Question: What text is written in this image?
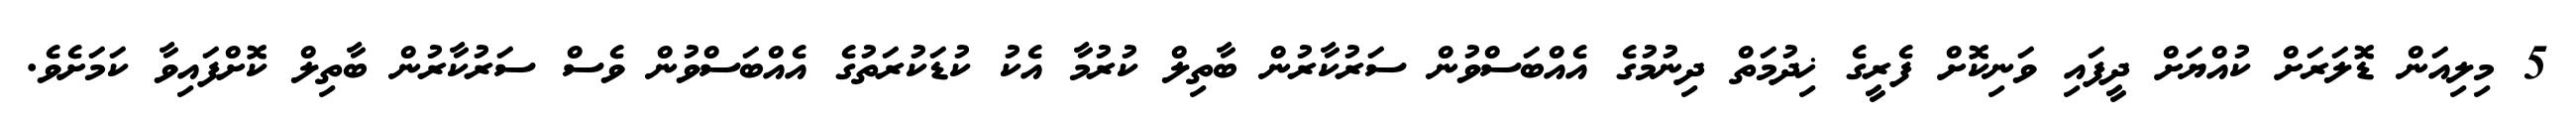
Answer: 5 މިލިއަން ޑޮލަރަށް ކުއްޔަށް ދީފައި ވަނިކޮށް ފެރީގެ ޚިދުމަތް ދިނުމުގެ އެއްބަސްވުން ސަރުކާރުން ބާތިލް ކުރުމާ އެކު ކުޑަކުރަތުގެ އެއްބަސްވުން ވެސް ސަރުކާރުން ބާތިލް ކޮށްފައިވާ ކަމަށެވެ.